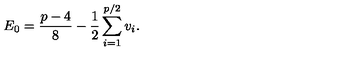
E _ { 0 } = \frac { p - 4 } { 8 } - \frac { 1 } { 2 } \sum _ { i = 1 } ^ { p / 2 } v _ { i } .